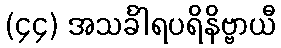
(၄၄) အသင်္ခါရပရိနိဗ္ဗာယီ